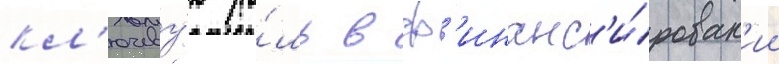
кл'ючеву́ю ро́ль в ф'инанс'и́рован'ии